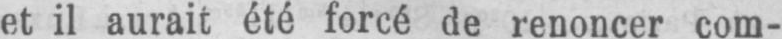
et il aurait été forcé de renoncer com-